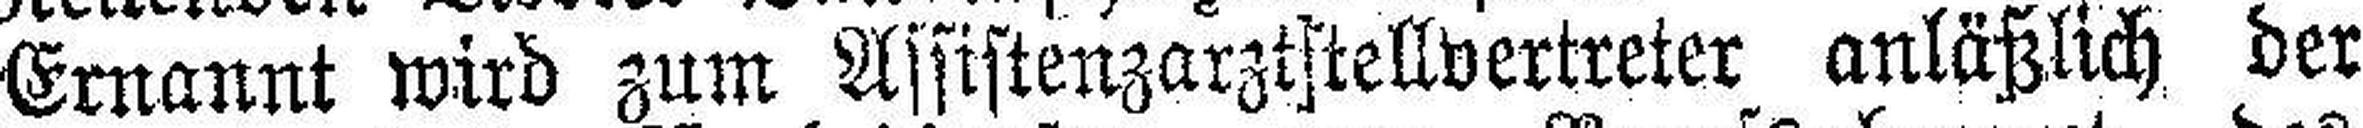
Ernannt wird zum Assistenzarztstellvertreter anläßlich der